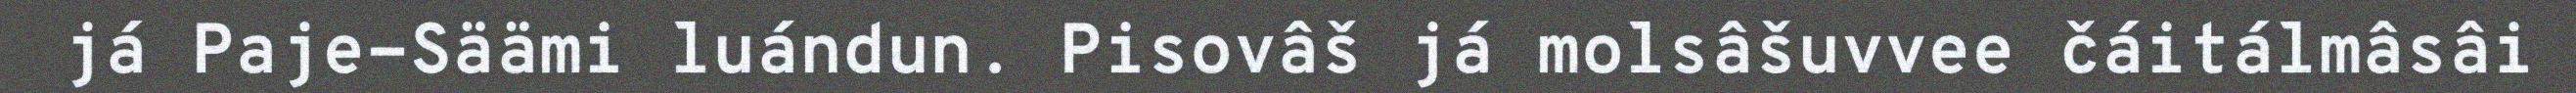
já Paje-Säämi luándun. Pisovâš já molsâšuvvee čáitálmâsâi